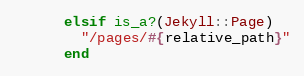
Language: Ruby
      elsif is_a?(Jekyll::Page)
        "/pages/#{relative_path}"
      end